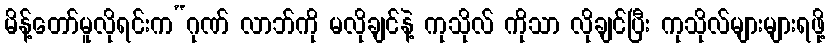
မိန့်တော်မူလိုရင်းက“ဂုဏ် လာဘ်ကို မလိုချင်နဲ့ ကုသိုလ် ကိုသာ လိုချင်ပြီး ကုသိုလ်များများရဖို့